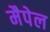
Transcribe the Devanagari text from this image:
मैपेल